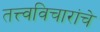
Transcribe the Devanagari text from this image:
तत्त्वविचारांचे